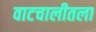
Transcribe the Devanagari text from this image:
वाटचालीतला